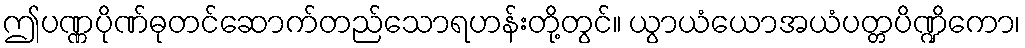
ဤပဏ္ဏပိုဏ်ဓုတင်ဆောက်တည်သောရဟန်းတို့တွင်။ ယွာယံယောအယံပတ္တပိဏ္ဍိကော၊